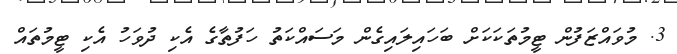
3. މުވައްޒަފުން ޓީމުތަކަކަށް ބަހައިލައިގެން މަސައްކަތު ހަފުތާގެ އެކި ދުވަހު އެކި ޓީމުތައް